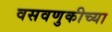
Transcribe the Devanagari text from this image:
वसवणुकीच्या